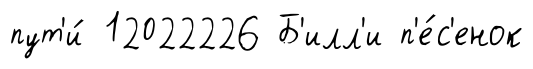
пут'и́ 12022226 Б'илл'и п'е́с'енок